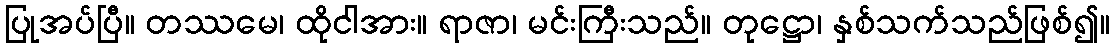
ပြုအပ်ပြီ။ တဿမေ၊ ထိုငါအား။ ရာဇာ၊ မင်းကြီးသည်။ တုဋ္ဌော၊ နှစ်သက်သည်ဖြစ်၍။